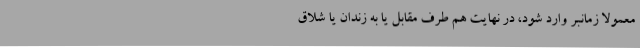
معمولا زمانبر وارد شود، در نهایت هم طرف مقابل یا به زندان یا شلاق